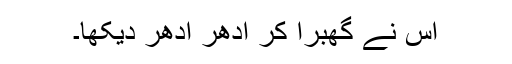
اس نے گھبرا کر ادھر ادھر دیکھا۔